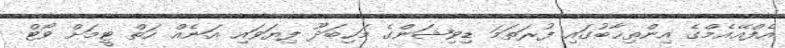
އެފްއޭއެމްގެ އިންތިޚާބުގައި ފުރަތަމަ ޑިވިޝަންގެ މަހިބަދޫ ފިޔަވައި އަނެއް ހަތް ޓީމަށް ވޯޓް